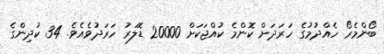
ބޯންމެރޯ ހެއްދުމުގެ ހަރަދަށް ކޮންމެ ކުއްޖަކަށް 20000 ޑޮލަރު ހަރަދުވެއެވެ. 34 ކުދިންގެ